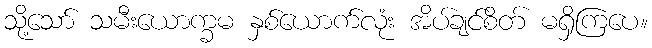
သို့သော် သမီးယောက္ခမ နှစ်ယောက်လုံး အိပ်ချင်စိတ် မရှိကြပေ။